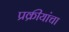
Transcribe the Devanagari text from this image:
प्रक्रीयांचा